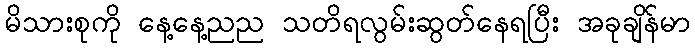
မိသားစုကို နေ့နေ့ညည သတိရလွမ်းဆွတ်နေရပြီး အခုချိန်မာ